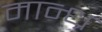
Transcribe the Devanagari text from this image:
मान्ध्र